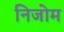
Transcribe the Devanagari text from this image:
निजोम